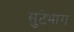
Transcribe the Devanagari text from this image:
सुटेभाग